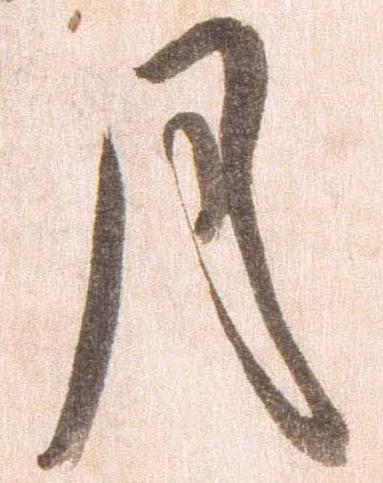
月